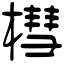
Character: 槥